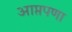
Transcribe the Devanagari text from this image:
आप्तपणा